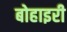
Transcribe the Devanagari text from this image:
बोहाइरी